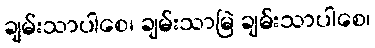
ချမ်းသာပါစေ၊ ချမ်းသာမြဲ ချမ်းသာပါစေ၊